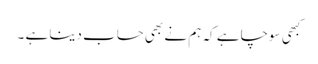
کبھی سوچا ہے کہ ہم نے بھی حساب دینا ہے ۔